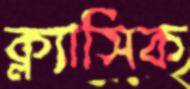
ক্ল্যাসিক